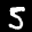
Label: 5